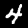
Label: 4